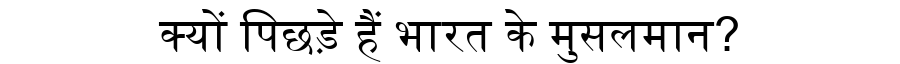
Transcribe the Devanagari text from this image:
क्यों पिछड़े हैं भारत के मुसलमान?